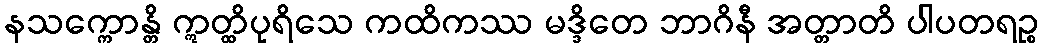
နသက္ကောန္တိ ဣတ္ထိပုရိသေ ကထိကဿ မဒ္ဒိတေ ဘာဂိနီ အတ္တာတိ ပါပတရဉ္စ